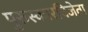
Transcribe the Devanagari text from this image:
पुरुस्कारविजेता